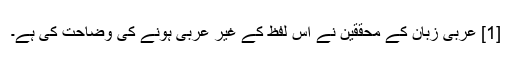
[1] عربی زبان کے محققین نے اس لفظ کے غیر عربی ہونے کی وضاحت کی ہے۔